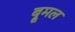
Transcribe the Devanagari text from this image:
ब्रूमल